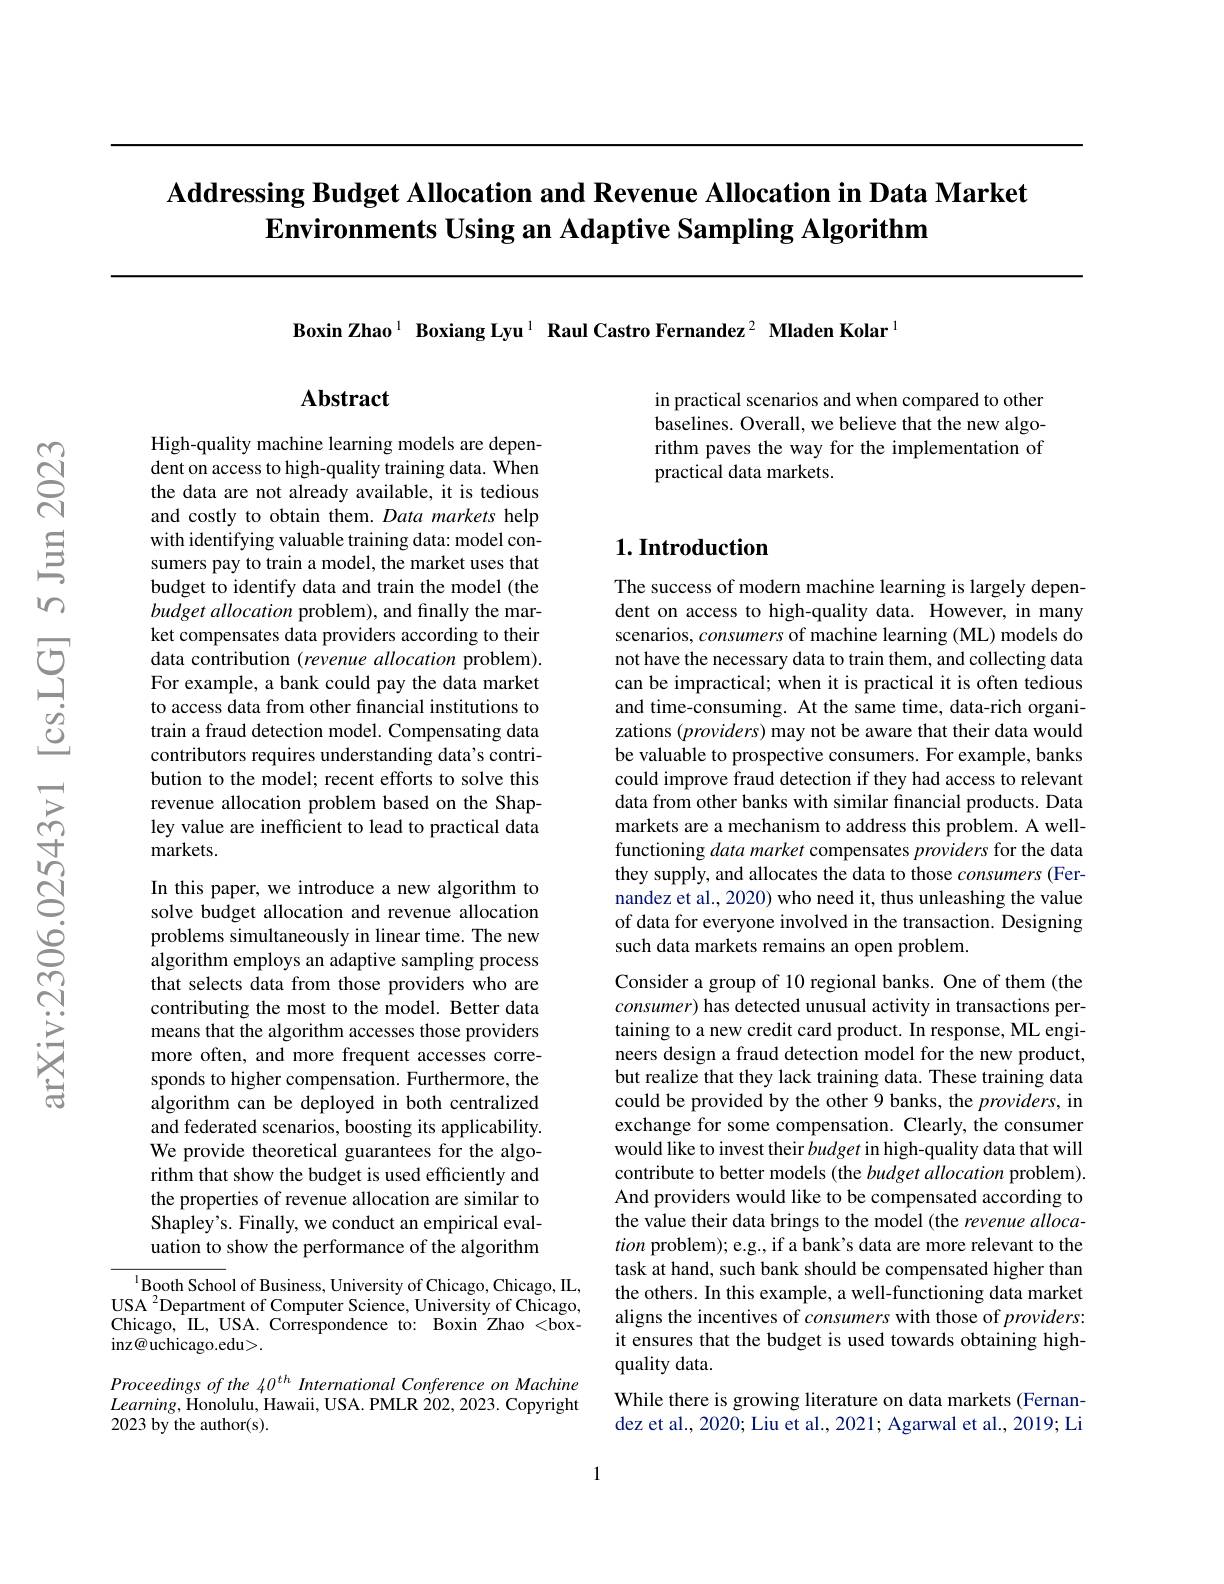
# Addressing Budget Allocation and Revenue Allocation in Data Market $\textbf{Environments Using an Adaptive Sampling Algorithm}$

Boxin Zhao$^{1}$ Boxiang Lyu$^{1}$ Raul Castro Fernandez$^{2}$ Mladen Kolar$^{[\text{Boxin Zhao}^{1}]}$ Boxiang Lyu$^{1}$ Raul Castro Fernandez$^{2}$ Mladen Kolar$^{[\text{Boxin Zhao}^{1}]}$

in practical scenarios and when compared to other baselines. Overall, we believe that the new algorithm paves the way for the implementation of practical data markets.

## Abstract

High-quality machine learning models are dependent on access to high-quality training data. When the data are not already available, it is tedious and costly to obtain them. Data markets help with identifying valuable training data: model consumers pay to train a model, the market uses that budget to identify data and train the model (the budget allocation problem), and finally the market compensates data providers according to their data contribution (revenue allocation problem). For example, a bank could pay the data market to access data from other financial institutions to train a fraud detection model. Compensating data contributors requires understanding data's contribution to the model; recent efforts to solve this revenue allocation problem based on the Shapley value are inefficient to lead to practical data markets.

In this paper, we introduce a new algorithm to solve budget allocation and revenue allocation problems simultaneously in linear time. The new algorithm employs an adaptive sampling process that selects data from those providers who are contributing the most to the model. Better data means that the algorithm accesses those providers more often, and more frequent accesses corresponds to higher compensation. Furthermore, the algorithm can be deployed in both centralized and federated scenarios, boosting its applicability. We provide theoretical guarantees for the algorithm that show the budget is used efficiently and the properties of revenue allocation are similar to Shapley's. Finally, we conduct an empirical evaluation to show the performance of the algorithm

$^{1}$Booth School of Business, University of Chicago, Chicago, IL, $\mathrm{USA~}^{2}$Department of Computer Science, University of Chicago, Chicago, IL, USA. Correspondence to: Boxin Zhao < box- inz@ uchicago.edu>.

Proceedings of the 40$^{th}$ International Conference on Machine $Learning$,Honolulu, Hawaii, USA. PMLR 202, 2023. Copyright 2023 by the author(s).

## $1. \textbf{Introduction}$

The success of modern machine learning is largely dependent on access to high-quality data. However, in many scenarios, consumers of machine learning (ML) models do not have the necessary data to train them, and collecting data can be impractical; when it is practical it is often tedious and time-consuming. At the same time, data-rich organizations $(providers)$ may not be aware that their data would be valuable to prospective consumers. For example, banks could improve fraud detection if they had access to relevant data from other banks with similar financial products. Data markets are a mechanism to address this problem. A wellfunctioning data market compensates providers for the data they supply, and allocates the data to those consumers (Fernandez et al., 2020) who need it, thus unleashing the value of data for everyone involved in the transaction. Designing such data markets remains an open problem.

Consider a group of 10 regional banks. One of them (the consumer) has detected unusual activity in transactions pertaining to a new credit card product. In response, ML engineers design a fraud detection model for the new product, but realize that they lack training data. These training data could be provided by the other 9 banks, the providers, in exchange for some compensation. Clearly, the consumer would like to invest their budget in high-quality data that will contribute to better models (the budget allocation problem). And providers would like to be compensated according to the value their data brings to the model ( the revenue allocation problem); e.g., if a bank's data are more relevant to the task at hand, such bank should be compensated higher than the others. In this example, a well-functioning data market aligns the incentives of consumers with those of providers: it ensures that the budget is used towards obtaining highquality data.
While there is growing literature on data markets (Fernandez et al., 2020; Liu et al., 2021; Agarwal et al., 2019; Li

1